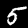
Label: 5